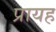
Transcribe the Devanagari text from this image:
प्रायह